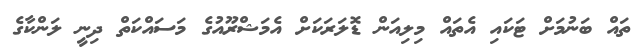
ތައް ބަނުމަށް ޓަކައި އެތައް މިލިއަން ޑޮލަރަކަށް އެމަޝްރޫއުގެ މަސައްކަތް ދިނީ ލަންކާގެ